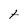
Character: t